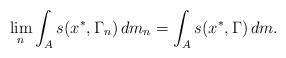
LaTeX: \begin{align*}\lim_n \int_{A} s(x^*, \Gamma_n)\, dm_n = \int_{A}s (x^*, \Gamma)\, dm.\end{align*}